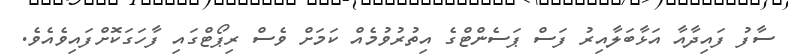
ސާފު ފައިދާއާ އަޅާބަލާއިރު ފަސް ޕަސެންޓްގެ އިތުރުވުމެއް ކަމަށް ވެސް ރިޕޯޓްގައި ފާހަގަކޮށްފައިވެއެވެ.